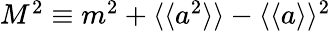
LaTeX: \begin{array}{r}{M^{2}\equiv m^{2}+\langle\langle a^{2}\rangle\rangle-\langle\langle a\rangle\rangle^{2}}\end{array}